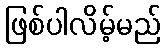
ဖြစ်ပါလိမ့်မည်